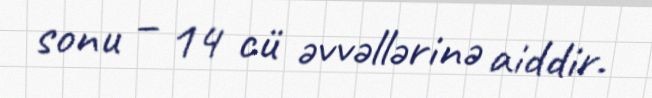
sonu – 14 cü əvvəllərinə aiddir.